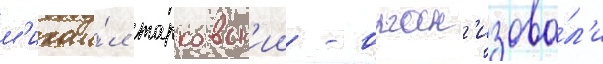
м'ихаи́л тарковск'ии - орган'изова́л'и